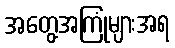
အတွေ့အကြုံများအရ